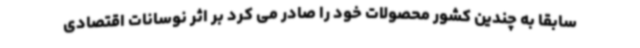
سابقا به چندین کشور محصولات خود را صادر می کرد بر اثر نوسانات اقتصادی